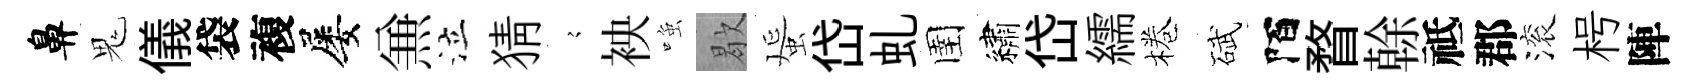
鼻鬼儀袋複屡𠔥泣猜𡪹䘧𫪻歇蜑岱虬圉繡岱繻棬碔陌瞀𠏉祗郡滚枵陣